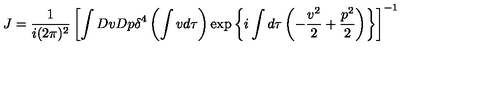
J = \frac { 1 } { i ( 2 \pi ) ^ { 2 } } \left[ \int D v D p \delta ^ { 4 } \left( \int v d \tau \right) \exp \left\{ i \int d \tau \left( - \frac { v ^ { 2 } } { 2 } + \frac { p ^ { 2 } } { 2 } \right) \right\} \right] ^ { - 1 }